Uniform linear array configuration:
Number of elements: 64
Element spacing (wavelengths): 0.75
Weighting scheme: cosine
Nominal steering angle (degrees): -30
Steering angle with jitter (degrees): -29.016
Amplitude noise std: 0.05
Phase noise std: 0.05

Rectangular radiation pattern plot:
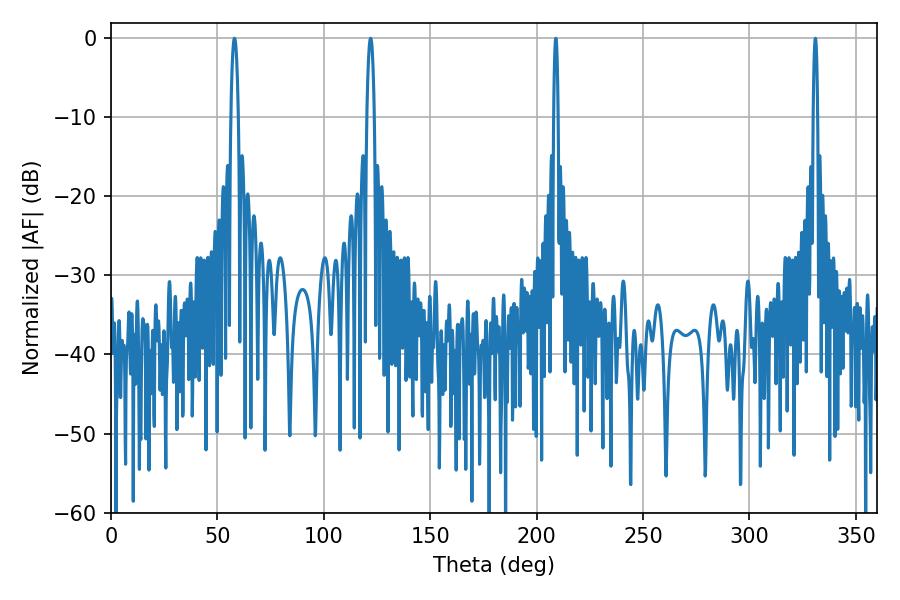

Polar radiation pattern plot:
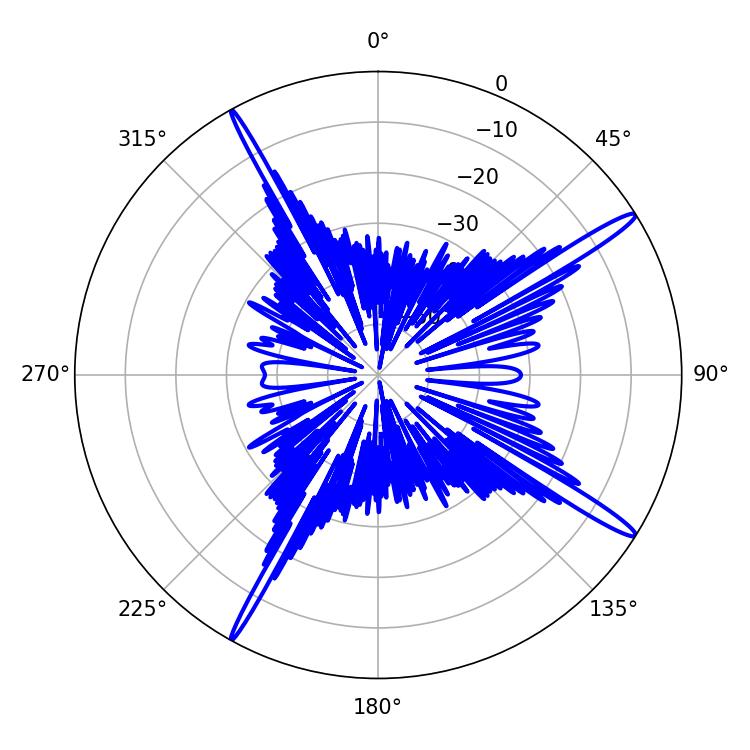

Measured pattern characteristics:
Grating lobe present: TRUE
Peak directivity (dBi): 16.572
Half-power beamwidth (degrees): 1.98
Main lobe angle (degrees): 57.96